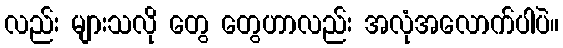
လည်း များသလို တွေ တွေဟာလည်း အလုံအလောက်ပါပဲ။